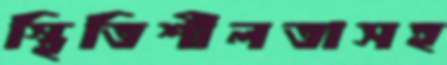
স্থিতিশীলতাসহ